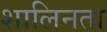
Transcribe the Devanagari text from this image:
शालिनता